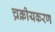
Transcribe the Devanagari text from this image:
च्रक्रीयकरण